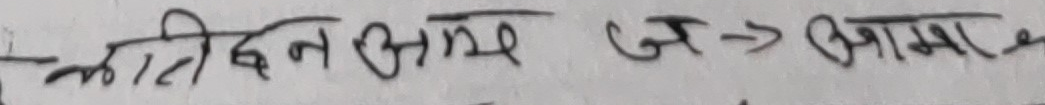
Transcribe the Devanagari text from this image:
लटी बन अम ज -> आम